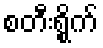
စတီးရွိုက်